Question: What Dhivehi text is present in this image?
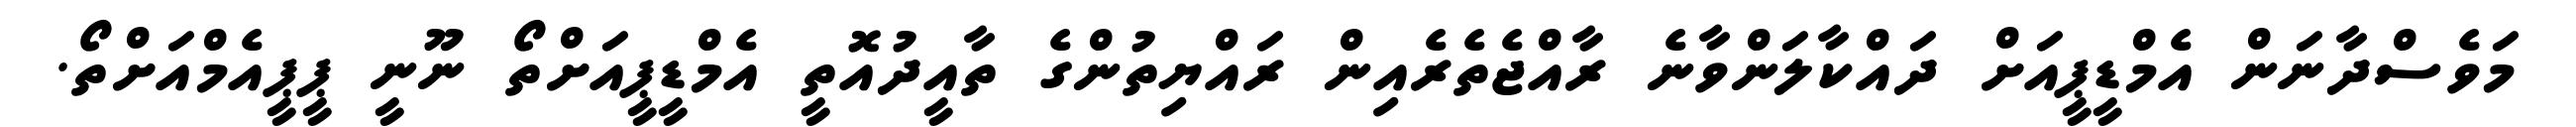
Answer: މަވެސްދާނަން އެމްޑީޕީއަށް ދައްކާލަންވާނެ ރާއްޖެތެރެއިން ރައްޔިތުންގެ ތާއީދުއޮތީ އެމްޑީޕީއަށްތޯ ނޫނީ ޕީޕީއެމްއަށްތޯ.